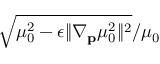
\sqrt { \mu _ { 0 } ^ { 2 } - \epsilon \| \nabla _ { \mathbf { p } } \mu _ { 0 } ^ { 2 } \| ^ { 2 } } / \mu _ { 0 }